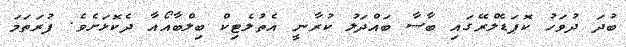
ބުދަ ދުވަހު ކޮޕަޑެލްރޭގައި ބާސާ ބައްދަލު ކުރާނީ އެތުލެޓިކް ބިލްބާއޯއާ ދެކޮޅަށެވެ. ފުރަތަމަ